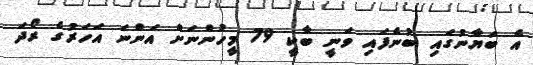
އެ ބަޔާނުގައި ބުނެފައި ވަނީ ބާކީ 79 މީހުންނަށް އަންނަ އަހަރުގެ ރޯދަ